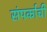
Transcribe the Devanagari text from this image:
संपर्काची